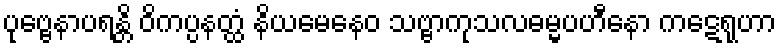
ပုဗ္ဗေနာပရန္တိ ဝိကပ္ပနတ္ထံ နိယမေနေဝ သဗ္ဗာကုသလဓမ္မပဟီနော ကဋေရုဟာ